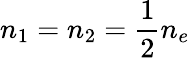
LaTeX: n_{1}=n_{2}=\frac{1}{2}n_{e}